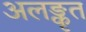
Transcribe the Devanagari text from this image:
अलङ्कृत